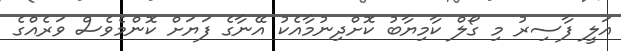
އަލީ ފާސިރު މި ގޯލް ކާމިޔާބު ކޮށްދިނުމާއެކު އޭނާގެ ފަޔަށް ކޮންމެވެސް ވަރެއްގެ